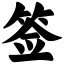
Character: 签